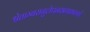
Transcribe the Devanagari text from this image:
श्वेताम्बरानुलेपनस्रगाभरणां